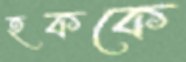
হককে